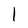
Character: 1